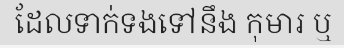
ដែលទាក់ទងទៅនឹង កុមារ ឬ